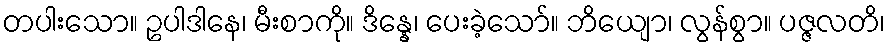
တပါးသော။ ဥပါဒါနေ၊ မီးစာကို။ ဒိန္နေ၊ ပေးခဲ့သော်။ ဘိယျော၊ လွန်စွာ။ ပဇ္ဇလတိ၊